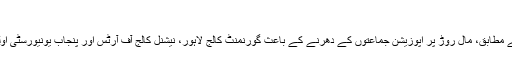
ایچ ای سی کا اعلان
ترجمان ہائیر ایجوکیشن کے مطابق، مال روڑ پر اپوزیشن جماعتوں کے دھرنے کے باعث گورنمنٹ کالج لاہور، نیشنل کالج آف آرٹس اور پنجاب یونیورسٹی اولڈ کیمپس کل بند رہیں گے۔